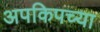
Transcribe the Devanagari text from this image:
अपकिपच्या